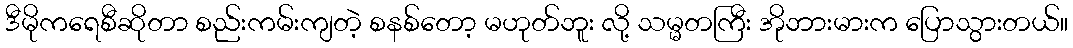
ဒီမိုကရေစီဆိုတာ စည်းကမ်းကျတဲ့ စနစ်တော့ မဟုတ်ဘူး လို့ သမ္မတကြီး အိုဘားမားက ပြောသွားတယ်။